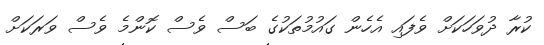
ކުރާ ދުވަހަކަށް ވެފައި އެހެން ގައުމުތަކުގެ ބަސް ވެސް ކޮންމެ ވެސް ވަަރަކަށް